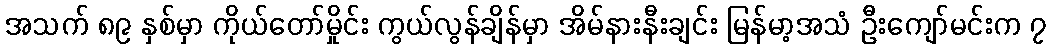
အသက် ၈၉ နှစ်မှာ ကိုယ်တော်မှိုင်း ကွယ်လွန်ချိန်မှာ အိမ်နားနီးချင်း မြန်မာ့အသံ ဦးကျော်မင်းက ၇